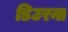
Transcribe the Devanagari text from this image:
डिउरना